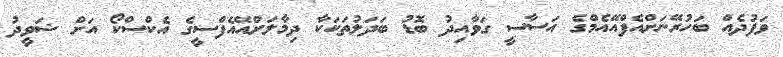
ވަފުދެއް ބަހުރޭނަށްއެފްއޭއެމްގެ އަސާސީ ގަވާއިދު ބޮޑު ބަދަލުތަކަކާ ދިމާލަށްއޭއެފްސީގެ އެކްސްކޯ އަށް ޝަވީދު